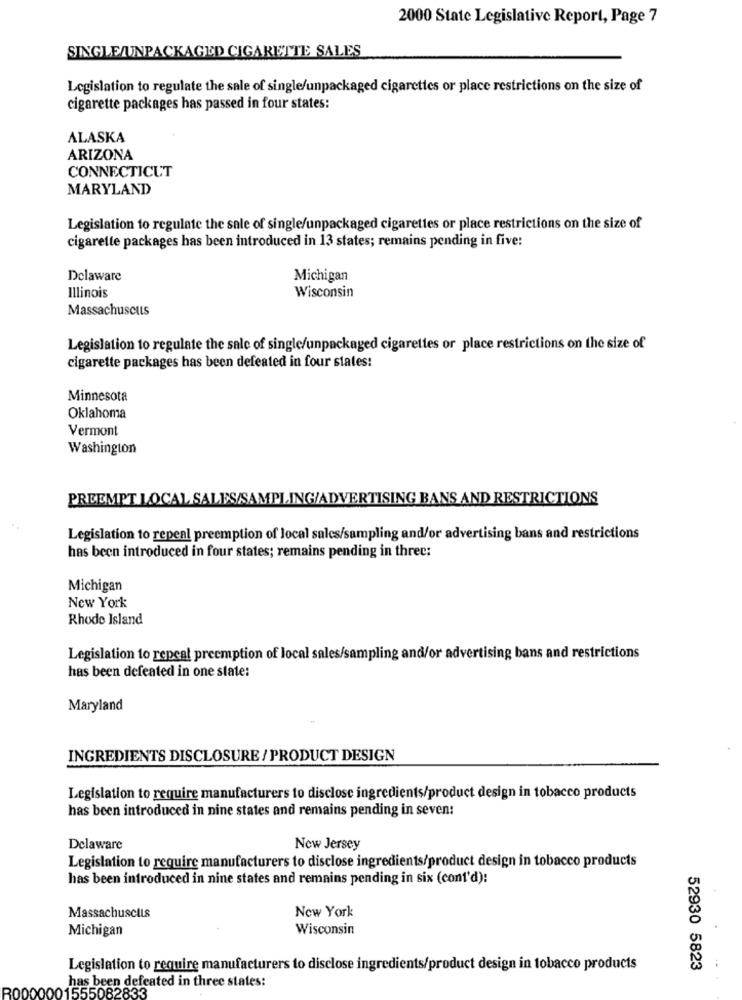
2000 State Legislative Report, Page 7
SINGLE/UNPACKAGED CIGARETTE SALES
Legislation to regulate the sale of single/unpackaged cigarettes or place restrictions on the size of
cigarette packages has passed in four states:
ALASKA
ARIZONA
CONNECTICUT
MARYLAND
Legislation to regulate the sale of single/unpackaged cigarettes or place restrictions on the size of
cigarette packages has been introduced in 13 states; remains pending in five:
Delaware
Michigan
Illinois
Wisconsin
Massachuscuts
Legislation to regulate the sale of single/unpackaged cigarettes or place restrictions on the size of
cigarette packages has been defeated in four states:
Minnesota
Oklahoma
Vermont
Washington
PREEMPT LOCAL SALES/SAMPLING/ADVERTISING BANS AND RESTRICTIONS
Legislation to repeal preemption of local salcs/sampling and/or advertising bans and restrictions
has been introduced in four states; remains pending in three:
Michigan
New York
Rhode Island
Legislation to repeal preemption of local sales/sampling and/or advertising bans and restrictions
has been defeated in one state:
Maryland
INGREDIENTS DISCLOSURE / PRODUCT DESIGN
Legislation to require manufacturers to disclose ingredients/product design in tobacco products
has been introduced in nine states and remains pending in seven:
Delaware
New Jersey
Legislation to require manufacturers to disclose ingredients/product design in tobacco products
has been introduced in nine states and remains pending in six (cont'd):
Massachuscuts
New York
Michigan
Wisconsin
Legislation to require manufacturers to disclose ingredients/product design in tobacco products
52930 5823
has been defeated in three states:
R0000001555082833